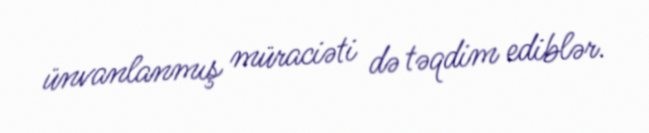
ünvanlanmış müraciəti də təqdim ediblər.